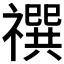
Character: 𰨓